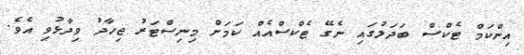
އިންކަމް ޓެކްސް ބަދަލުގައި ނެގޭ ޓެކްސްއެއް ކަމަށް މިނިސްޓަރު ޖިހާދު ވިދާޅުވި އެވެ.